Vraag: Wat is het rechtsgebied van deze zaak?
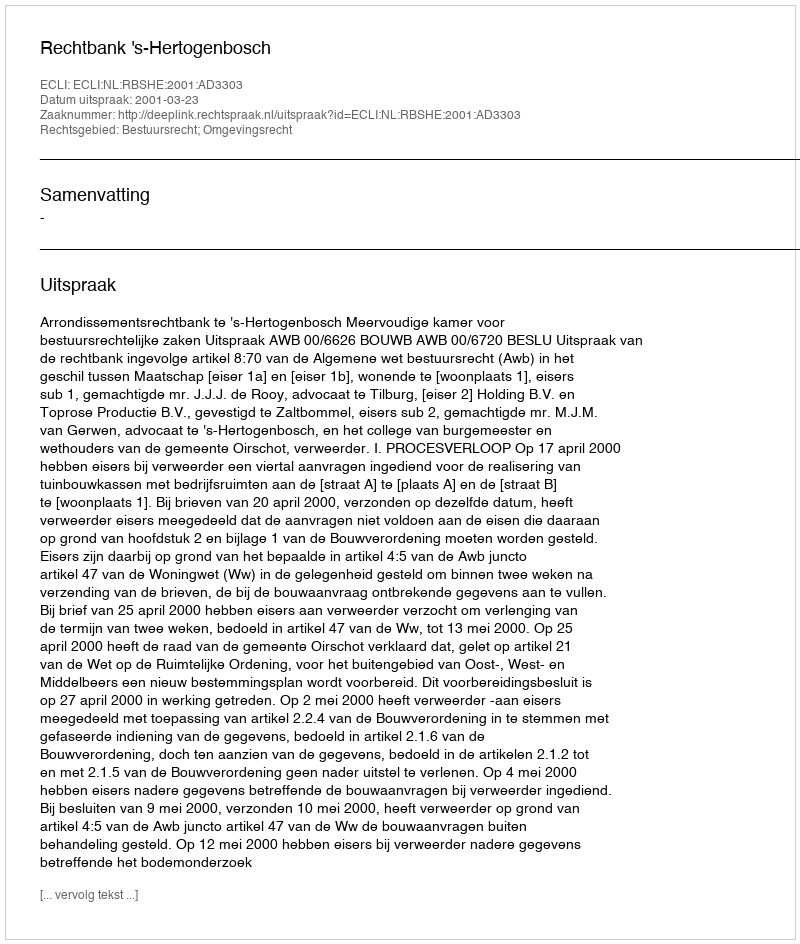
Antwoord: Bestuursrecht; Omgevingsrecht